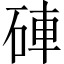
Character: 硨